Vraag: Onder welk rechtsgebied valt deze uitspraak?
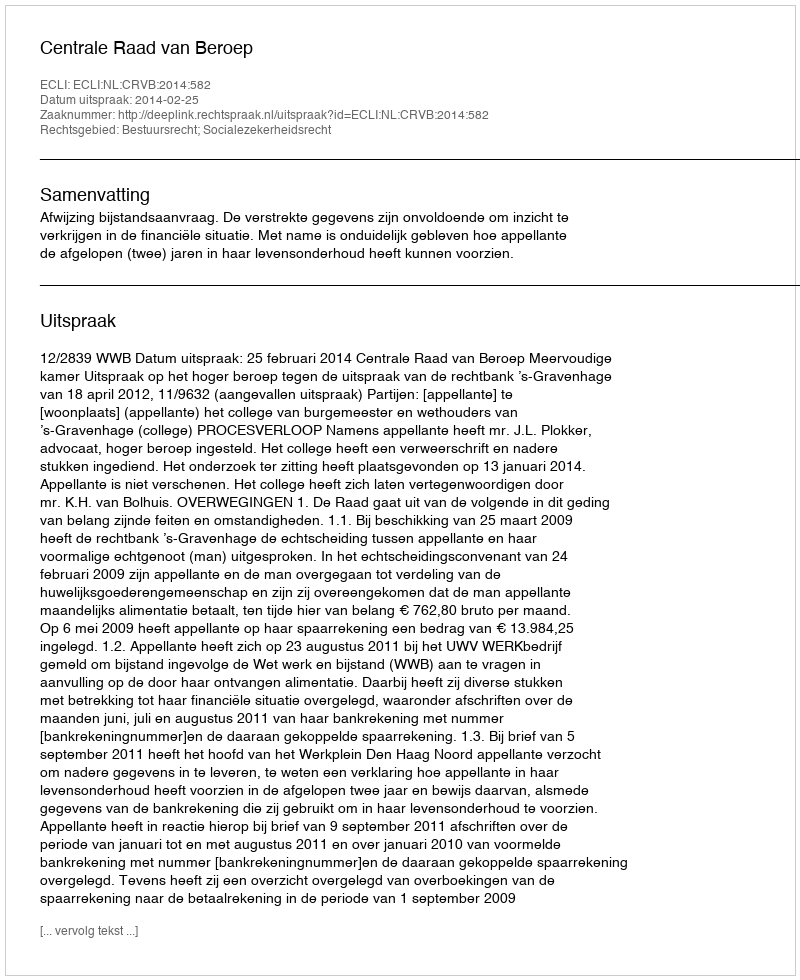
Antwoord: Bestuursrecht; Socialezekerheidsrecht